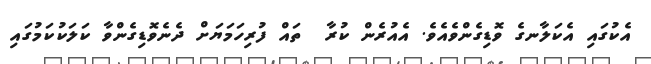
އެކުގައި އެކަލާނގެ ވޮޑިގެންވެއެވެ. އެއުރެން ކުރާ  ތައް ފުރިހަމަޔަށް ދެނެވޮޑިގެންވާ ކަލަކުކަމުގައި